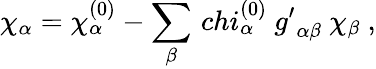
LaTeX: \chi_{\alpha}=\chi_{\alpha}^{(0)}-\sum_{\beta}\, chi_{\alpha}^{(0)}\ {g^{\prime}}_{\alpha\beta}\ \chi_{\beta}\ ,